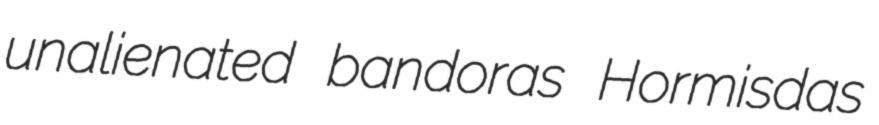
unalienated bandoras Hormisdas